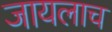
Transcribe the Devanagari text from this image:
जायलाच